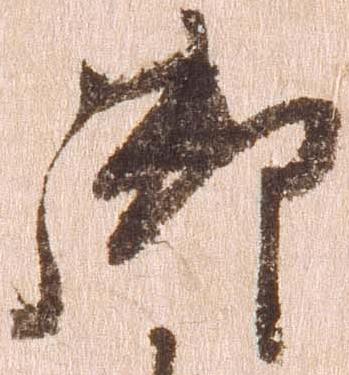
御